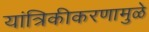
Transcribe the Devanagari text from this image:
यांत्रिकीकरणामुळे